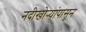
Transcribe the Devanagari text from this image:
नदीखोर्‍यांपासून